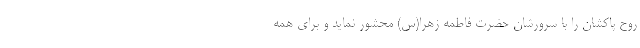
روح پاکشان را با سرورشان حضرت فاطمه زهرا(س) محشور نماید و برای همه